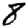
Digit: 8